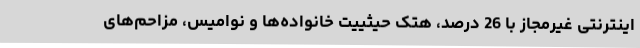
اینترنتی غیرمجاز با 26 درصد، هتک حیثییت خانواده‌ها و نوامیس، مزاحم‌های